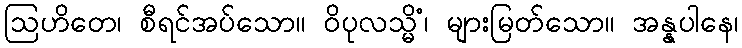
ဩဟိတေ၊ စီရင်အပ်သော။ ဝိပုလသ္မိံ၊ များမြတ်သော။ အန္နပါနေ၊